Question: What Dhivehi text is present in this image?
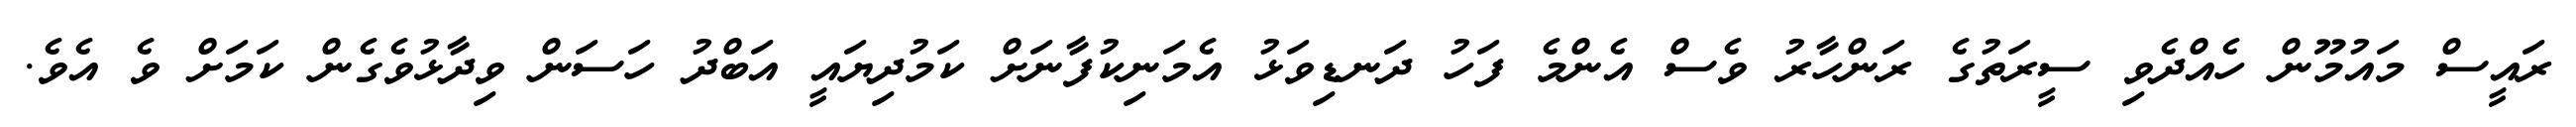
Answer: ރައީސް މައުމޫން ހެއްދެވި ސީރަތުގެ ރަންހާރު ވެސް އެންމެ ފަހު ދަނޑިވަޅު އެމަނިކުފާނަށް ކަމުދިޔައީ އަބްދު ހަސަން ވިދާޅުވެގެން ކަމަށް ވެ އެވެ.